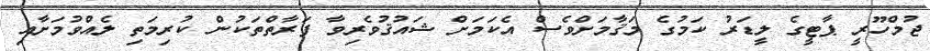
ޖުމްހޫރީ ޕާޓީގެ ލީޑަރު ކަމުގެ މަޤާމަށްވެސް އެކަމަށް ޝައުޤުވެރިވާ ފަރާތްތަކުން ކުރިމަތި ލެއްވުމަށާއި